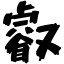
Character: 叡